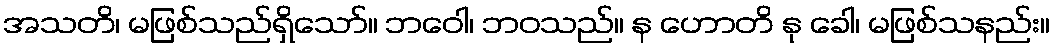
အသတိ၊ မဖြစ်သည်ရှိသော်။ ဘဝေါ၊ ဘဝသည်။ န ဟောတိ နု ခေါ၊ မဖြစ်သနည်း။